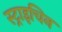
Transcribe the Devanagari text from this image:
स्ट्राइचिन